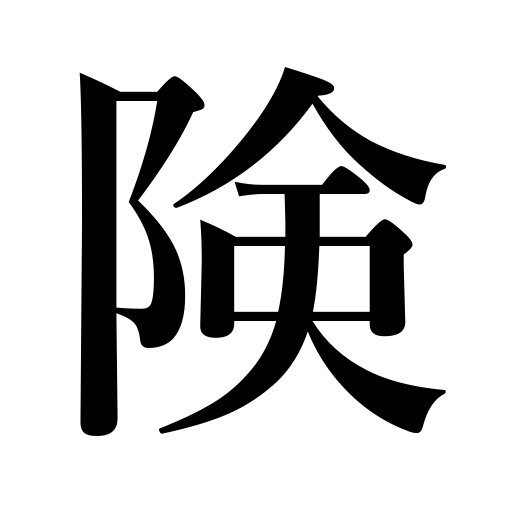
Meanings: strategic position,steep,severe,inaccessible place,angry,steep place,sharp eyes,impregnable pass,sinister look